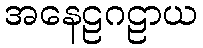
အနေဠဂဠာယ